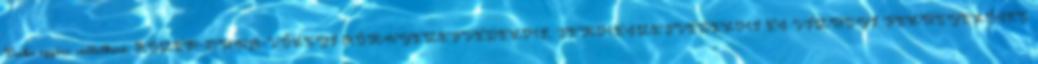
Csaba egyéni vállalkozó, KÖZÉP-DUNA-VÖLGYI KÖRNYEZETVÉDELMI, TERMÉSZETVÉDELMI ÉS VÍZÜGYI FELÜGYELŐSÉG